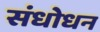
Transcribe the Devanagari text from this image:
संधोधन